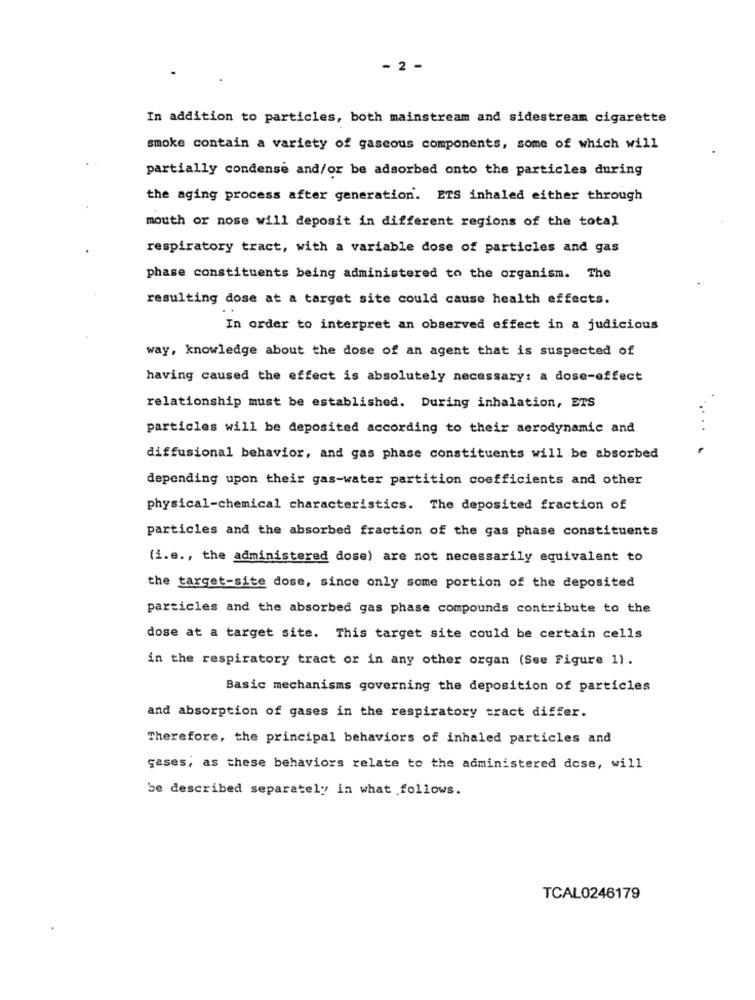
- 2 -
In addition to particles, both mainstream and sidestream cigarette
smoke contain a variety of gaseous components, some of which will
partially condense and/or be adsorbed onto the particles during
the aging process after generation. ETS inhaled either through
mouth or nose will deposit in different regions of the total
respiratory tract, with a variable dose of particles and gas
phase constituents being administered to the organism. The
resulting dose at a target site could cause health effects.
In order to interpret an observed effect in a judicious
way, knowledge about the dose of an agent that is suspected of
having caused the effect is absolutely necessary: a dose-effect
relationship must be established. During inhalation, ETS
particles will be deposited according to their aerodynamic and
diffusional behavior, and gas phase constituents will be absorbed
depending upon their gas-water partition coefficients and other
physical-chemical characteristics. The deposited fraction of
particles and the absorbed fraction of the gas phase constituents
(i.e ., the administered dose) are not necessarily equivalent to
the target-site dose, since only some portion of the deposited
particles and the absorbed gas phase compounds contribute to the
dose at a target site. This target site could be certain cells
in the respiratory tract or in any other organ (See Figure 1).
Basic mechanisms governing the deposition of particles
and absorption of gases in the respiratory tract differ.
Therefore, the principal behaviors of inhaled particles and
gases, as these behaviors relate to the administered dose, will
be described separately in what follows.
TCAL0246179